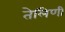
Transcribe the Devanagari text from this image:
तेलिणी